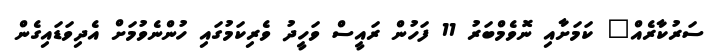
ސަރުކާރެއް" ކަމަށާއި ނޮވެމްބަރު 11 ފަހުން ރައީސް ވަހީދު ވެރިކަމުގައި ހުންނެވުމަށް އެދިވަޑައިގެން